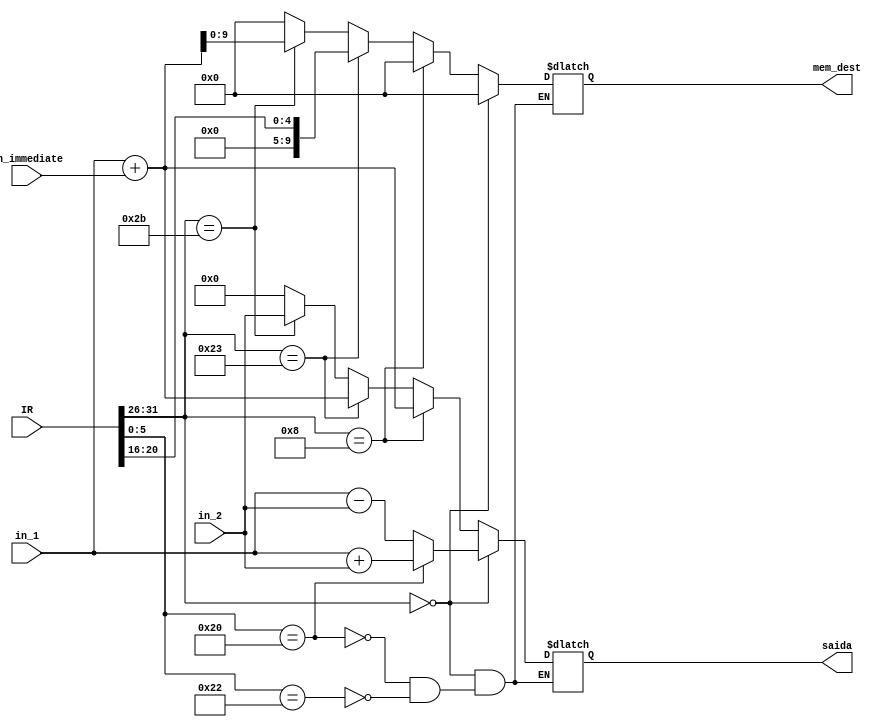
module ula(
	input[31:0] IR,
	input[31:0] in_1,
	input[31:0] in_2,
	input[31:0] in_immediate,
	output reg[31:0] saida,
	output reg[9:0] mem_dest
);



always@(IR, in_1, in_2, in_immediate) begin

  if ( IR[31:26] == 6'b000000 ) begin
    //add
    if( IR[5:0] == 6'b100000 ) begin
      mem_dest <= 0;
	   saida <= in_1 + in_2;
    end
    //sub
    else if( IR[5:0] == 6'b100010 ) begin
      mem_dest <= 0;
		saida <= in_1 - in_2;
    end
  end
  // addi
  else if( IR[31:26] == 6'b001000 ) begin	 
	 saida <= in_1 + in_immediate;
	 mem_dest <= 0;
  end
  //load
  else if( IR[31:26] == 6'b100011 ) begin
    mem_dest <= IR[20:16];
	 saida <= in_1 + in_immediate;
  end
  //store
  else if( IR[31:26] == 6'b101011 ) begin
    mem_dest <= in_1 + in_immediate;
	 saida <= in_2;
  end
  else begin
    mem_dest <= 0;
	 saida <= 0;
  end
end

endmodule